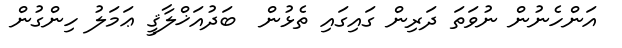
އަންހެނުން ނުވަތަ ދަރިން ގައިގައި ތެޅުން  ބަދުއަޚްލާޤީ ޢަމަލު ހިންގުން